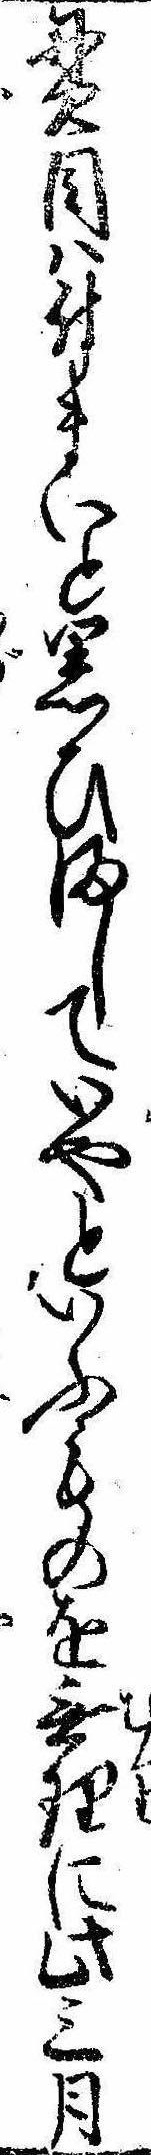
貫目は付まいと思ひましていやといふものを無理に此三月